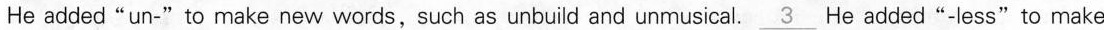
He added "un-"to make new words,such as unbuild and unmusical. \underline{3} He added"-less"to make